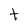
Character: t